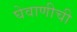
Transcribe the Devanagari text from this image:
घेवाणीची